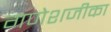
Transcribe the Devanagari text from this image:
गणेशजीका